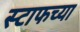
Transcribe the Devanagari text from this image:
स्टाफच्या